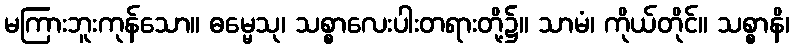
မကြားဘူးကုန်သော။ ဓမ္မေသု၊ သစ္စာလေးပါးတရားတို့၌။ သာမံ၊ ကိုယ်တိုင်။ သစ္စာနိ၊